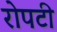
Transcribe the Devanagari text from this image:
रोपटी